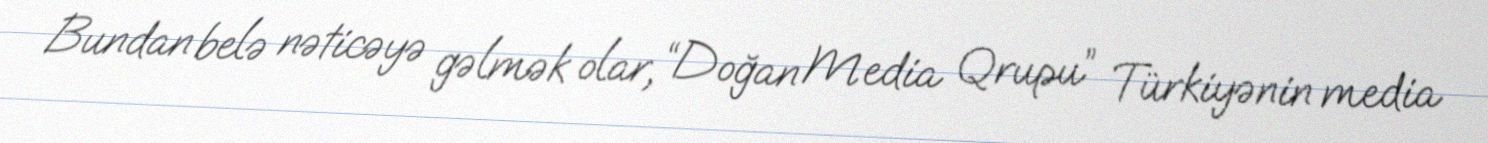
Bundan belə nəticəyə gəlmək olar, “Doğan Media Qrupu” Türkiyənin media